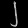
Digit: ၂